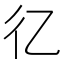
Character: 𢒼